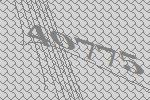
40775